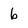
Character: b